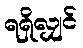
ရရှိလျှင်